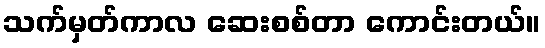
သက်မှတ်ကာလ ဆေးစစ်တာ ကောင်းတယ်။